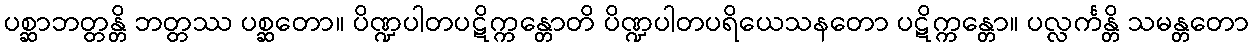
ပစ္ဆာဘတ္တန္တိ ဘတ္တဿ ပစ္ဆတော။ ပိဏ္ဍပါတပဋိက္ကန္တောတိ ပိဏ္ဍပါတပရိယေသနတော ပဋိက္ကန္တော။ ပလ္လင်္ကန္တိ သမန္တတော